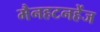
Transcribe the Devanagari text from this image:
मैनहटनहेंज